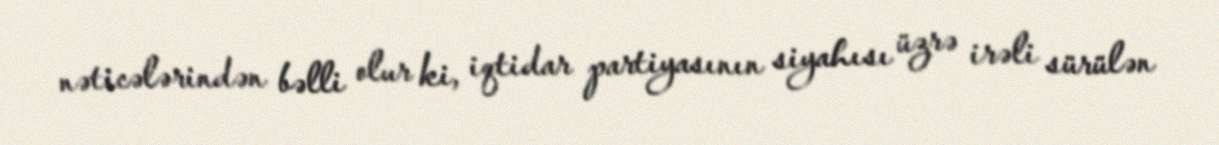
nəticələrindən bəlli olur ki, iqtidar partiyasının siyahısı üzrə irəli sürülən